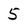
Character: 5